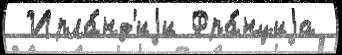
 Ирла́нд'иjи Фра́нциjа